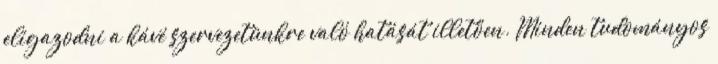
eligazodni a kávé szervezetünkre való hatását illetően. Minden tudományos